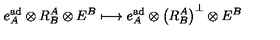
e _ { A } ^ { \mathrm { a d } } \otimes R _ { B } ^ { A } \otimes E ^ { B } \longmapsto e _ { A } ^ { \mathrm { a d } } \otimes \left( R _ { B } ^ { A } \right) ^ { \perp } \otimes E ^ { B }